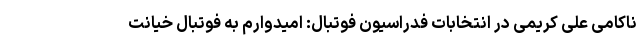
ناکامی علی کریمی در انتخابات فدراسیون فوتبال: امیدوارم به فوتبال خیانت